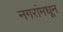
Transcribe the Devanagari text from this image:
नगरांमधून